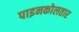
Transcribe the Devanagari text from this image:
पाइनकोलतार